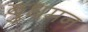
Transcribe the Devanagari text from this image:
बुधमन